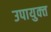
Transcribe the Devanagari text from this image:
उपायुक्‍त